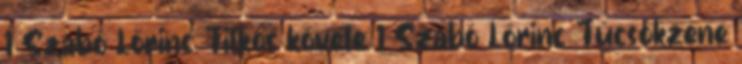
1 Szabó Lőrinc Titkos követe 1 Szabó Lőrinc Tücsökzene